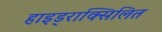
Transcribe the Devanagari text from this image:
हाइड्राक्सिलित